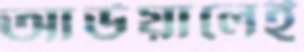
আউয়ালেই